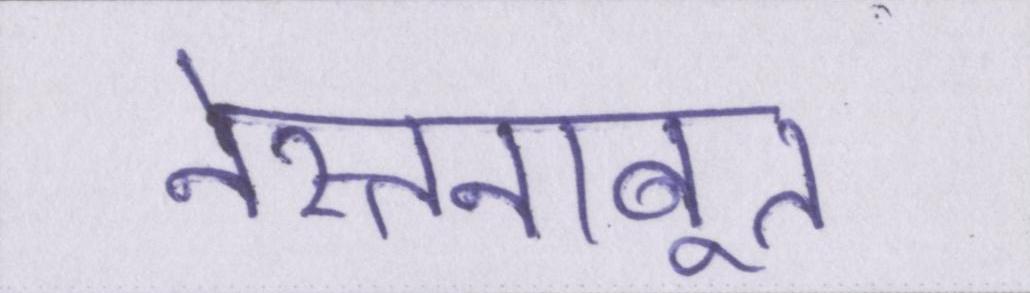
नेस्तनाबूत